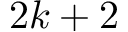
2 k + 2